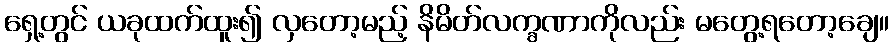
ရှေ့တွင် ယခုထက်ထူး၍ လှတော့မည့် နိမိတ်လက္ခဏာကိုလည်း မတွေ့ရတော့ချေ။